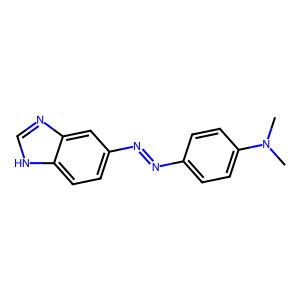
SMILES: CN(C)c1ccc(N=Nc2ccc3[nH]cnc3c2)cc1
Inhibits HIV replication: No